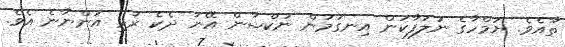
ތާއެވެ. ޔަމްހާގެ ނުލަފާކަން އިނގުމުން ނުކްޝާން އޭނަ ދެކެ ރުޅި އަންނާނެ އެވެ.